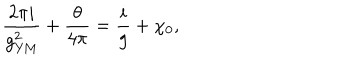
\frac { 2 \pi i } { g _ { \mathrm { Y M } } ^ { 2 } } + \frac { \theta } { 4 \pi } = \frac { i } { g } + \chi _ { 0 } ,